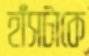
হাঁসটাকে